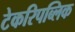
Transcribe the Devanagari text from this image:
टेकरिपब्लिक